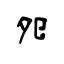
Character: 夗